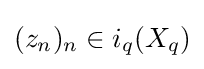
(z_{n})_{n}\in i_{q}(X_{q})